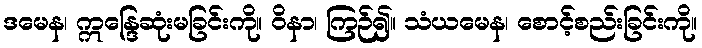
ဒမေန၊ ဣန္ဒြေဆုံးမခြင်းကို။ ဝိနာ၊ ကြဉ်၍။ သံယမေန၊ စောင့်စည်းခြင်းကို။